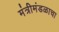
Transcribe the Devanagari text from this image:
मंत्रीमंडळाचा